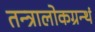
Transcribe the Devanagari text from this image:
तन्त्रालोकग्रन्थं